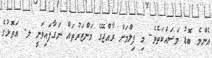
އެންމެ ބޮޑު މަސައްކަތެވެ. މި ފިލްމަށް ރާއްޖޭގެ މަންޒަރުތައް ނަގާފައިވަނީ ލ. އަތޮޅުގެ